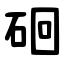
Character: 硘